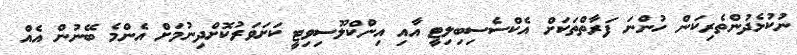
ނުކުޅެދުންތެރިކަން ހުންނަ ފަރާތްތަކަށް އެކްސެސިބިލިޓީ އާއި އިންކްލޫސިވިޓީ ކަށަވަރުކޮށްދިނުމަށް އެންމެ ބޭނުން އެއް